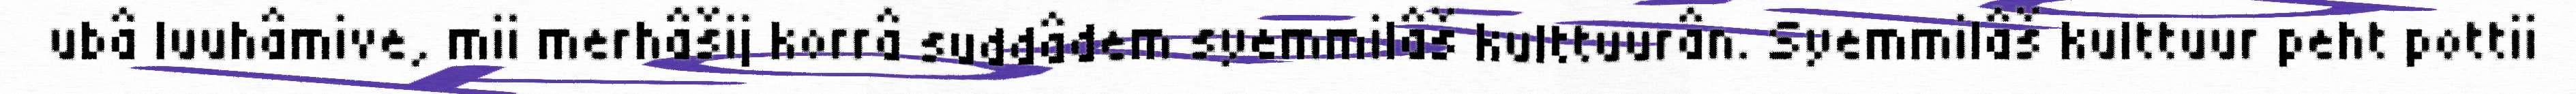
ubâ luuhâmive, mii merhâšij korrâ suddâdem syemmilâš kulttuurân. Syemmilâš kulttuur peht pottii